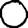
Digit: 0